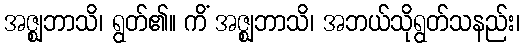
အဇ္ဈဘာသိ၊ ရွတ်၏။ ကိံ အဇ္ဈဘာသိ၊ အဘယ်သိုရွတ်သနည်း၊